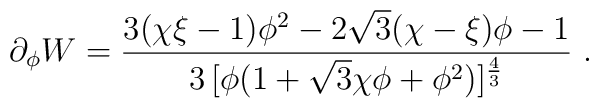
\partial_\phi W={{3(\chi\xi-1)\phi^2-2\sqrt{3}(\chi-\xi)\phi - 1  }\over{3\, [\phi(1+\sqrt{3}\chi\phi+\phi^2)]^{4\over 3}}}\ .